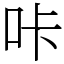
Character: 咔